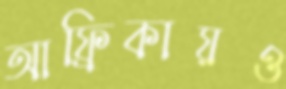
আফ্রিকায়ও